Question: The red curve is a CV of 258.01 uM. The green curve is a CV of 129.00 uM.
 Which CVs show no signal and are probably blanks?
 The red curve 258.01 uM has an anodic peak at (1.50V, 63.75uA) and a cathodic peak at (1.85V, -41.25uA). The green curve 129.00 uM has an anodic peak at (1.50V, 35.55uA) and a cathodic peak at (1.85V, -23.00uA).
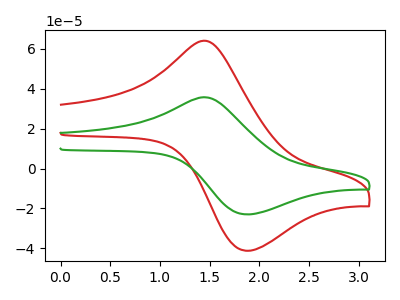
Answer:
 <answer>There are not any CV's on this graph that are likely to be blanks.</answer>
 <eval>none</eval>